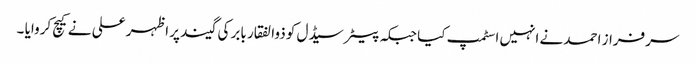
سرفراز احمد نے انہیں اسٹمپ کیا جبکہ پیٹر سیڈل کو ذوالفقار بابر کی گیند پر اظہر علی نے کیچ کروایا ۔